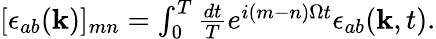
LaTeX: \begin{array}{r}{[\epsilon_{ab}(\mathbf{k})]_{mn}=\int_{0}^{T}\frac{dt}{T}e^{i(m-n)\Omega t}\epsilon_{ab}(\mathbf{k},t).}\end{array}